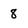
Character: 8